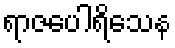
ရာဇပေါရိသေန